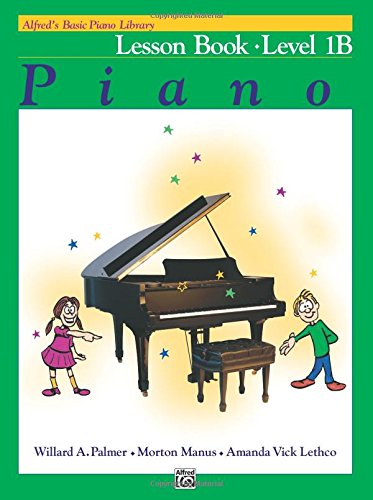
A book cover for Alfred's Basic Piano Library: Lesson Book Level 1B; Willard Palmer; Humor & Entertainment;